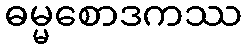
ဓမ္မစောဒကဿ